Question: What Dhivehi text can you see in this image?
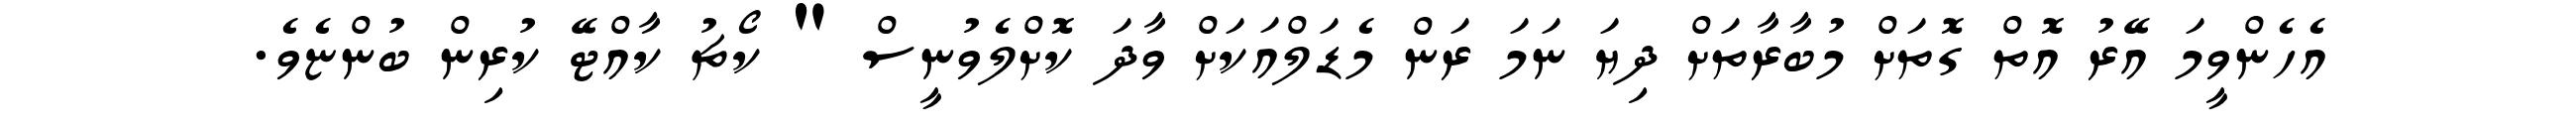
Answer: އެހެންވީމަ އޭރު އޮތް ގޮތަށް މުބާރާތަށް ދިޔަ ނަމަ ރަން މެޑަލްއަކަށް ވާދަ ކޮށްލެވުނީސް " ކޯޗު ކާއްޓޭ ކުރިން ބުންޏެވެ.